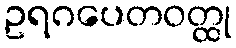
ဥရဂပေတဝတ္ထု